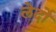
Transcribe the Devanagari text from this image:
लेर्दो